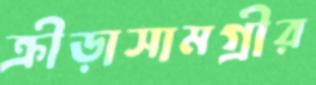
ক্রীড়াসামগ্রীর